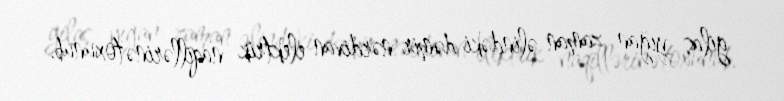
gilas yığan zaman əlindəki dəmir nərdivan elektrik naqillərinə toxunub.